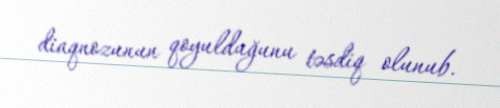
diaqnozunun qoyulduğunu təsdiq olunub.